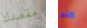
مقصدك مند